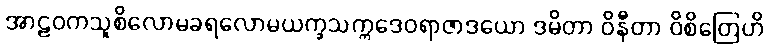
အာဠဝကသူစိလောမခရလောမယက္ခသက္ကဒေဝရာဇာဒယော ဒမိတာ ဝိနီတာ ဝိစိတြေဟိ